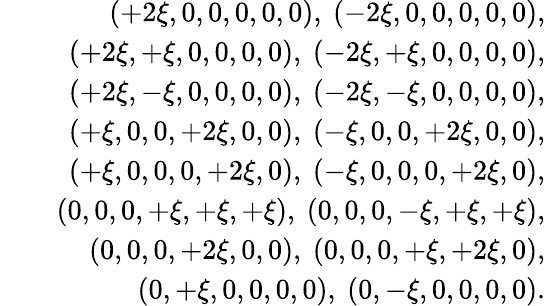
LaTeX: \begin{array}{rlr}&{}&{(+2\xi,0,0,0,0,0),\ (-2\xi,0,0,0,0,0),}\\ &{}&{(+2\xi,+\xi,0,0,0,0),\ (-2\xi,+\xi,0,0,0,0),}\\ &{}&{(+2\xi,-\xi,0,0,0,0),\ (-2\xi,-\xi,0,0,0,0),}\\ &{}&{(+\xi,0,0,+2\xi,0,0),\ (-\xi,0,0,+2\xi,0,0),}\\ &{}&{(+\xi,0,0,0,+2\xi,0),\ (-\xi,0,0,0,+2\xi,0),}\\ &{}&{(0,0,0,+\xi,+\xi,+\xi),\ (0,0,0,-\xi,+\xi,+\xi),}\\ &{}&{(0,0,0,+2\xi,0,0),\ (0,0,0,+\xi,+2\xi,0),}\\ &{}&{(0,+\xi,0,0,0,0),\ (0,-\xi,0,0,0,0).}\end{array}